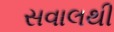
સવાલથી